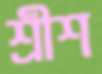
শ্রীশ